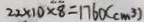
2 2 \times 1 0 \times 8 = 1 7 6 0 ( c m ^ { 3 } )